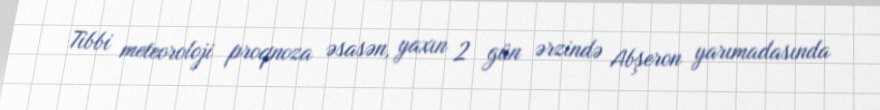
Tibbi meteoroloji proqnoza əsasən, yaxın 2 gün ərzində Abşeron yarımadasında